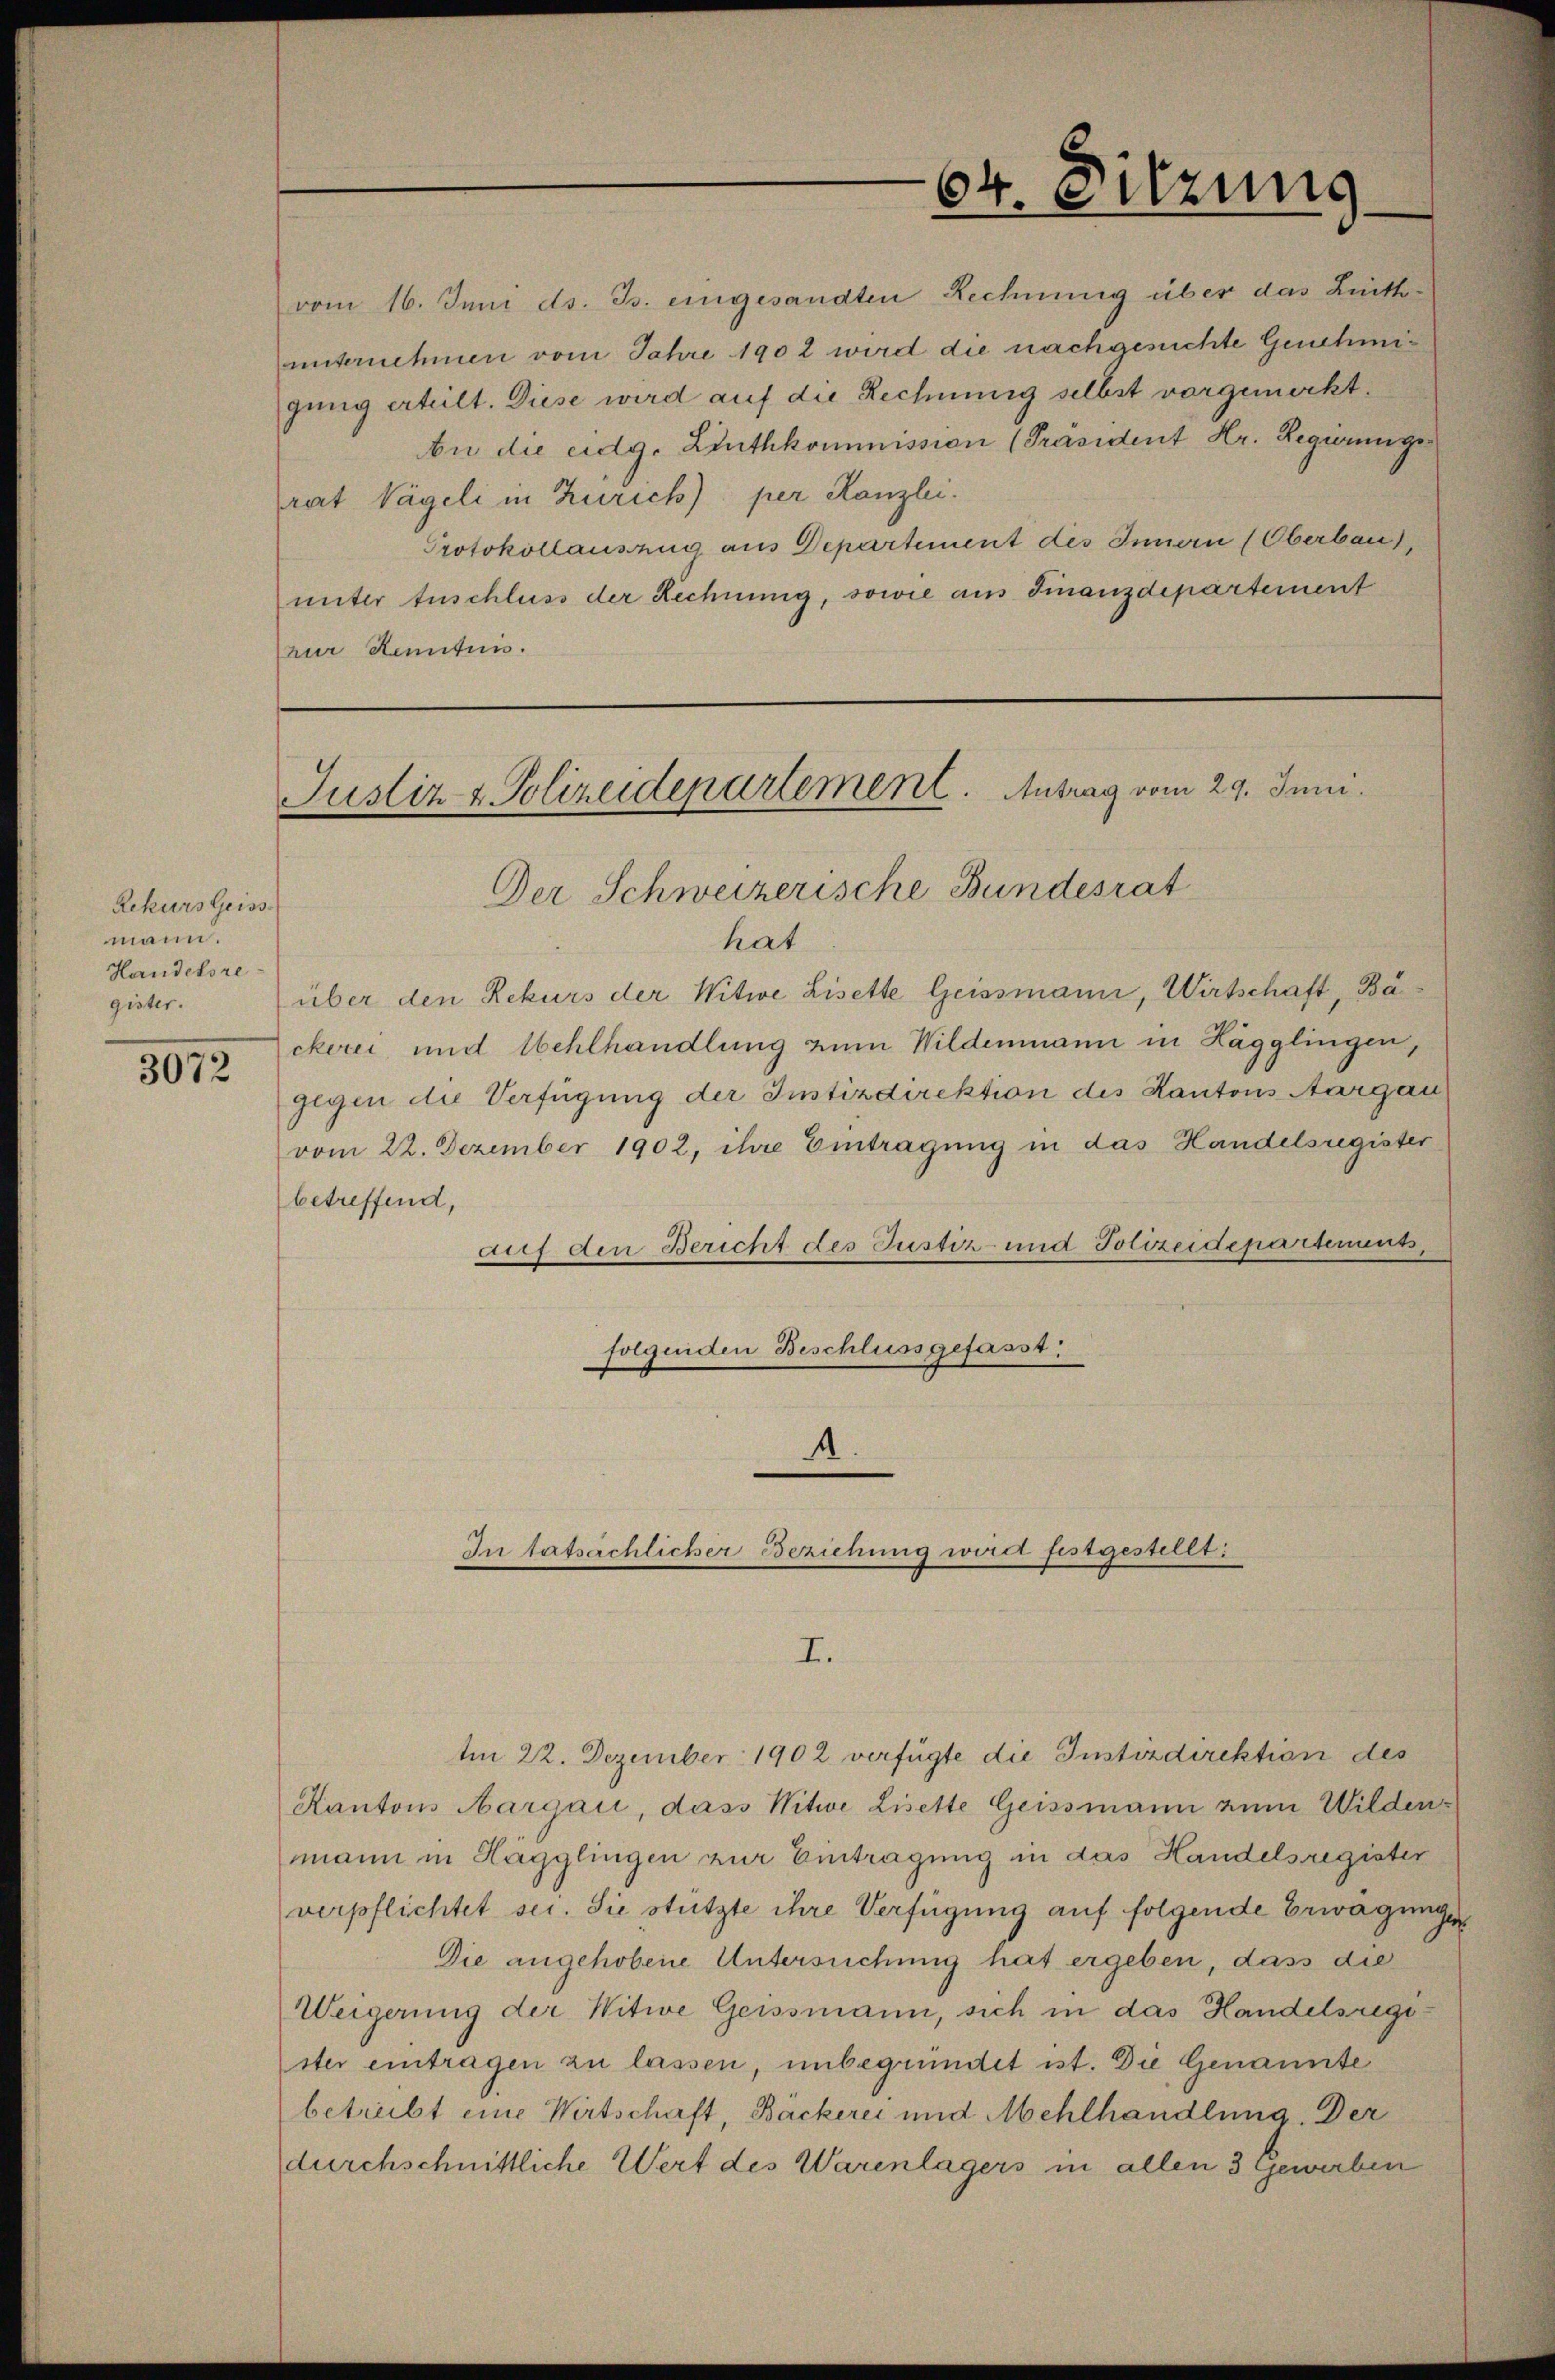
Rekurs heiss
mann.
Handelsre
gister.

3072

Justiz & Polizeidepartement. Antrag vom 29. Juni.
Der Schweizerische Bundesrat

(zur Kenntnis.

hat
über den Rekurs der Witwe Lisette Geissmann, Wirtschaft, Ba
ckerei, und Wehlhandlung zum Wildenmann in Hägglingen,
gegen die Verfügung der Instizdirektion des Kantons Aargau
vom 22. Dezember 1902, ihre Eintragung in das Handelsregister
betreffend,
auf den Bericht des Justiz- und Polizeidepartements,
folgenden Beschluss gefasst:

vom 16. Juni ds. Js. eingesandten Rechnung über das Linthunternehmen vom Jahre 1902 wird die nachgesuchte Genehmigung erteilt. Diese wird auf die Rechnung selbst vorgemerkt.
be die eidg. Linthkommission [Präsident Hr. Regierunge
rat Vägeli in Zürich) per Kanzlei.
Protokollausung aus Departement des Innern (Oberbau,
unter Auschluss der Rechnung, sowie aus Finanzdepartement

A
In tatsächlicher Beziehung wird festgestellt:
I.

64. Sitzung

Im 22. Dezember 1902 verfügte die Instizdirektion des
Kantons Aargau, dass Witwe Lisette Geissmann zum Wildenmann in Hagglingen zur Eintragung in das Handelsregister
verpflichtet sei. Sie stützte ihre Verfügung auf folgende Erwägungen
Die angehobene Untersuchung hat ergeben, dass die
Weigerung der Witwe Geissmann, sich in das Handelsregister eintragen zu lassen, unbegründet ist. Die Genannte
betreibt eine Wirtschaft, Bäckerei und Mehlhandlung. Der
durchschnittliche Wert des Warenlagers in allen 3 Gewerben